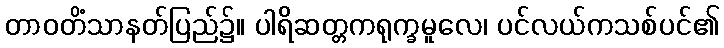
တာဝတိံသာနတ်ပြည်၌။ ပါရိဆတ္တကရုက္ခမူလေ၊ ပင်လယ်ကသစ်ပင်၏